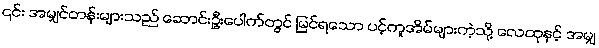
၎င်း အမျှင်တန်းများသည် ဆောင်းဦးပေါက်တွင် မြင်ရသော ပင့်ကူအိမ်များကဲ့သို့ လေထုနှင့် အမျှ